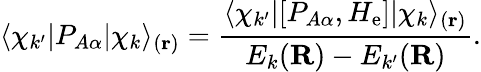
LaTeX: \langle\chi_{k^{\prime}}|P_{A\alpha}|\chi_{k}\rangle_{(\mathbf{r})}={\frac{\langle\chi_{k^{\prime}}|[P_{A\alpha},H_{\mathrm{e}}]|\chi_{k}\rangle_{(\mathbf{r})}}{E_{k}(\mathbf{R})-E_{k^{\prime}}(\mathbf{R})}}.